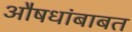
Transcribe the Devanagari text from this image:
औषधांबाबत